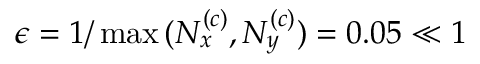
\epsilon = 1 / \operatorname* { m a x } { ( N _ { x } ^ { \left( c \right) } , N _ { y } ^ { \left( c \right) } ) } = 0 . 0 5 \ll 1